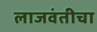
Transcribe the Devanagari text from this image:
लाजवंतीचा